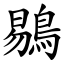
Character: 鶍